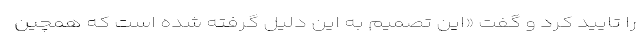
را تایید کرد و گفت «این تصمیم به این دلیل گرفته شده است که همچین